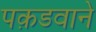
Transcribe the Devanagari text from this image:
पक़डवाने